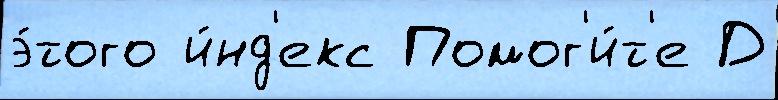
э́того и́нд'екс Помог'и́т'е Д